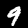
Label: 9